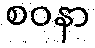
စဝနာ